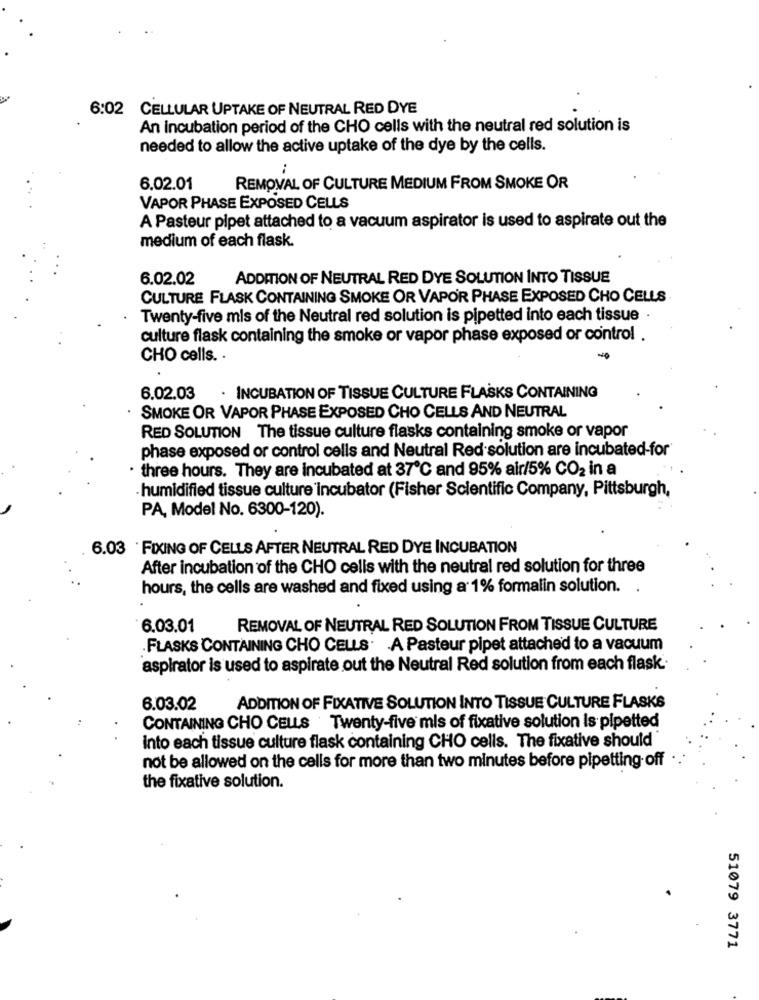
6:02 CELLULAR UPTAKE OF NEUTRAL RED DYE
An incubation period of the CHO cells with the neutral red solution is
needed to allow the active uptake of the dye by the cells.
..
6.02.01
REMOVAL OF CULTURE MEDIUM FROM SMOKE OR
VAPOR PHASE EXPOSED CELLS
A Pasteur pipet attached to a vacuum aspirator is used to aspirate out the
medium of each flask.
6.02.02
ADDITION OF NEUTRAL RED DYE SOLUTION INTO TISSUE
CULTURE FLASK CONTAINING SMOKE OR VAPOR PHASE EXPOSED CHO CELLS
Twenty-five mis of the Neutral red solution is pipetted into each tissue
culture flask containing the smoke or vapor phase exposed or control .
CHO cells. .
-0
6.02.03
. INCUBATION OF TISSUE CULTURE FLASKS CONTAINING
. SMOKE OR VAPOR PHASE EXPOSED CHO CELLS AND NEUTRAL
RED SOLUTION The tissue culture flasks containing smoke or vapor
phase exposed or control cells and Neutral Red solution are incubated-for
· three hours. They are incubated at 37℃ and 95% air/5% CO2 in a
humidified tissue culture incubator (Fisher Scientific Company, Pittsburgh,
PA, Model No. 6300-120).
6.03 FIXING OF CELLS AFTER NEUTRAL RED DYE INCUBATION
After incubation of the CHO cells with the neutral red solution for three
hours, the cells are washed and fixed using a 1% formalin solution.
6.03.01
REMOVAL OF NEUTRAL RED SOLUTION FROM TISSUE CULTURE
FLASKS CONTAINING CHO CELLS. A Pasteur pipet attached to a vacuum
aspirator is used to aspirate out the Neutral Red solution from each flask.
6.03.02
ADDITION OF FIXATIVE SOLUTION INTO TISSUE CULTURE FLASKS
CONTAINING CHO CELLS Twenty-five mis of fixative solution is pipetted
Into each tissue culture flask containing CHO cells. The fixative should
not be allowed on the cells for more than two minutes before pipetting off . .
the fixative solution.
51079 3771